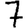
Digit: 7